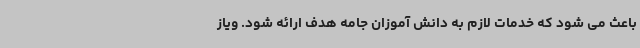
باعث می شود که خدمات لازم به دانش آموزان جامه هدف ارائه شود. ویاز